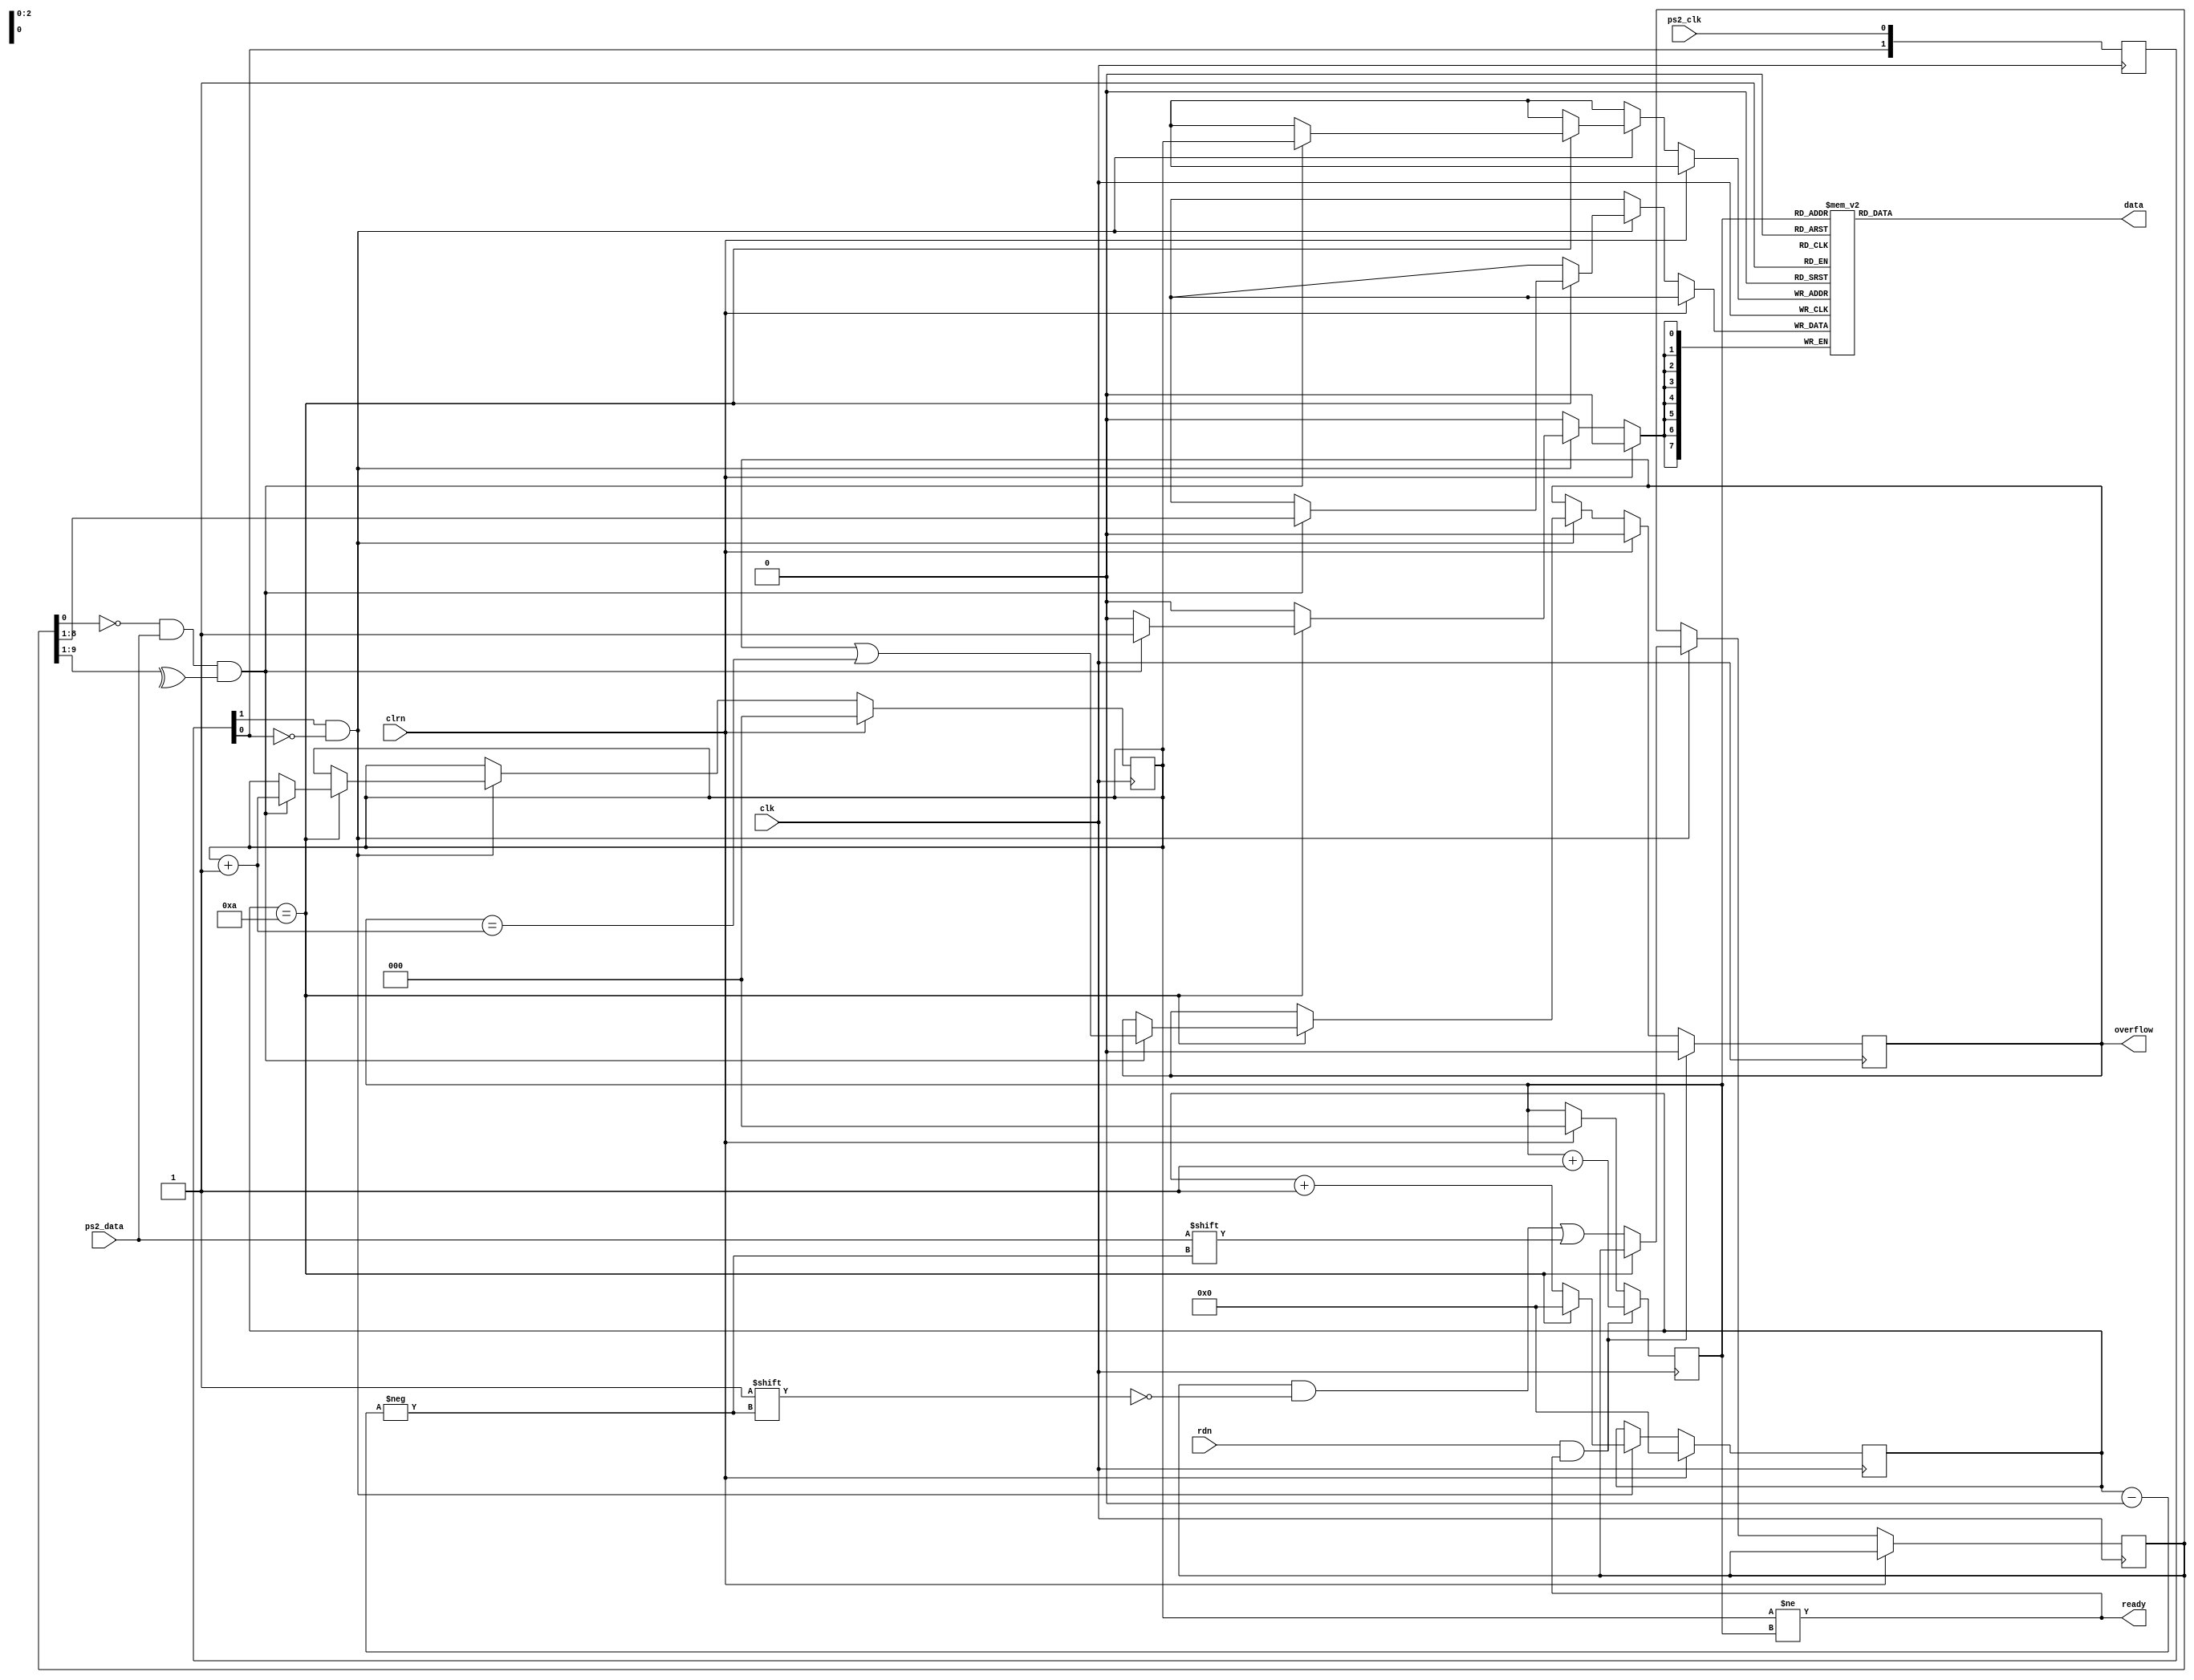
module PS2KeyBoard (
	input        clk,		   // 50 MHz
	input        clrn,
    input        ps2_clk,      // ps2 clock
    input        ps2_data,     // ps2 data
    input        rdn,          // read, active high
    output [7:0] data,         // 8-bit code
    output       ready,        // code ready
    output reg   overflow      // fifo overflow
	);


    reg    [9:0] buffer;       // ps2_data bits
    reg    [7:0] fifo[7:0];    // circuilar fifo for storing byte codes
    reg    [3:0] count;        // count the ps2_data bits
    reg    [1:0] ps2_clk_sync; // for detecting falling edge of ps2_clk
	 reg    [2:0] w_ptr,r_ptr;
    always @ (posedge clk)
        ps2_clk_sync <= {ps2_clk_sync[0],ps2_clk};      // shift register
    wire sampling = ps2_clk_sync[1] & ~ps2_clk_sync[0]; // falling edge
    always @ (posedge clk) begin
        if (clrn) begin       // on reset
            count    <= 0;     // clear count
            w_ptr    <= 0;     // clear w_ptr
            r_ptr    <= 0;     // clear r_ptr
            overflow <= 0;     // clear overflow
        end else if (sampling) begin            // if sampling
            if (count == 4'd10) begin           // if got one frame
                if ((buffer[0] == 0) &&         // start bit
                    (ps2_data)       &&         // stop bit
                    (^buffer[9:1])) begin       // odd prity
                    fifo[w_ptr] <= buffer[8:1]; // keyboard scan code
                    w_ptr <= w_ptr + 3'b1;      // w_ptr++
                    overflow <= overflow | (r_ptr == (w_ptr + 3'b1));
                end
                count <= 0;                     // for next frame
            end else begin                      // else
                buffer[count] <= ps2_data;      // store ps2_data
                count <= count + 4'b1;          // count++
            end
        end
        if (rdn && ready) begin                // on cpu read
            r_ptr <= r_ptr + 3'b1;              // r_ptr++
            overflow <= 0;                      // clear overflow
        end
    end
    assign ready = (w_ptr != r_ptr);            // fifo is not empty
    assign data  = fifo[r_ptr];                 // code byte
endmodule